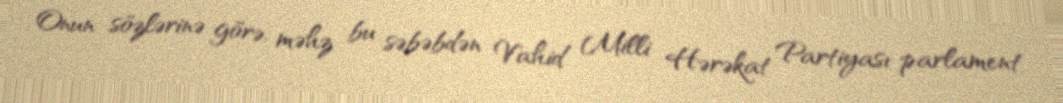
Onun sözlərinə görə, məhz bu səbəbdən Vahid Milli Hərəkat Partiyası parlament